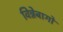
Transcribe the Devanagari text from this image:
विन्नेबागो